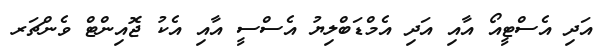
އަދި އެސްޓީއޯ އާއި އަދި އެމްޑަބްލިޔު އެސްސީ އާއި އެކު ޖޮއިންޓް ވެންޗަރ